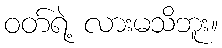
ဝတ်ရဲ့ လားမသိဘူး။